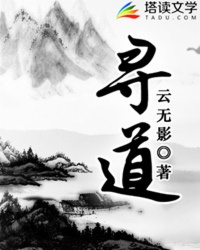
道存则国存，道亡则国亡。